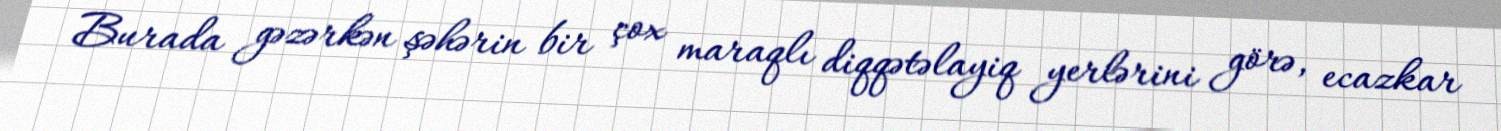
Burada gəzərkən şəhərin bir çox maraqlı diqqətəlayiq yerlərini görə, ecazkar